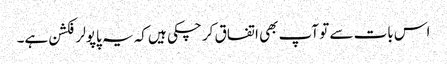
اس بات سے تو آپ بھی اتفاق کر چکی ہیں کہ یہ پاپولر فکشن ہے۔